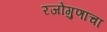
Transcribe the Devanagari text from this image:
रजोगुणांचा